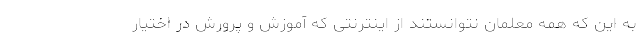
به این که همه معلمان نتوانستند از اینترنتی که آموزش و پرورش در اختیار